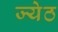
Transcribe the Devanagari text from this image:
ज्येठ